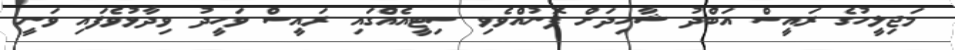
މަޖިލީހުގެ ރައީސް އަބްދު ޝާހިދަށް ފޮނުއްވެވި ސިޓީއެއްގައި ރައީސް ވަހީދު ވިދާޅުވެފައި ވަނީ